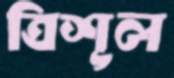
ত্রিশূল